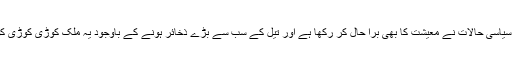
اس ملک کے خراب سیاسی حالات نے معیشت کا بھی برا حال کر رکھا ہے اور تیل کے سب سے بڑے ذخائر ہونے کے باوجود یہ ملک کوڑی کوڑی کو محتاج ہو چکا ہے۔